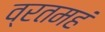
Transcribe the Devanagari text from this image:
व्रतमहं